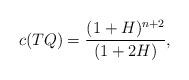
LaTeX: \begin{align*}c(TQ)=\frac{(1+H)^{n+2}}{(1+2H)}, \end{align*}